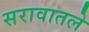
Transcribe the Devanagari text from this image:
सरावातले